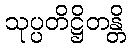
သုပ္ပတိဋ္ဌိတန္တိ